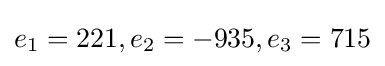
e_{1}=221,e_{2}=-935,e_{3}=715